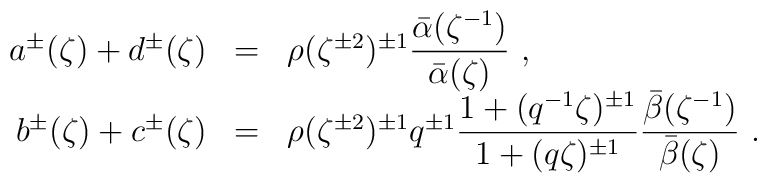
\begin{array}{rcl}a^\pm(\zeta)+d^\pm(\zeta)&=&\rho(\zeta^{\pm2})^{\pm 1}\displaystyle\frac{\bar{\alpha}(\zeta^{-1})}{\bar{\alpha}(\zeta)}~,\\b^\pm(\zeta)+c^\pm(\zeta)&=&\rho(\zeta^{\pm 2})^{\pm 1}q^{\pm 1}\displaystyle\frac{1+(q^{-1}\zeta)^{\pm 1}}{1+(q\zeta)^{\pm 1}}\displaystyle\frac{\bar{\beta}(\zeta^{-1})}{\bar{\beta}(\zeta)}~.\end{array}